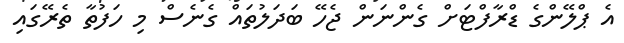
އެ ޕްލޭންގެ ޑްރާފްޓަށް ގެންނަން ޖެހޭ ބަދަލުތައް ގެނެސް މި ހަފުތާ ތެރޭގައި